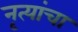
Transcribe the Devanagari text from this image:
नृत्यांचा